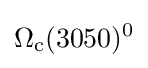
\Omega _{\rm {c}}(3050)^{0}